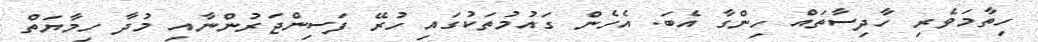
ހިތާމަވެރި ހާދިސާތައް ހިންގާ އެބަ. އެހެން ގައުމުތަކުގައި ހުރޭ ފަސިންޖަރުންނާއި މުދާ ހިމާޔަތް